Sanitation, dispensaries and jails vaccination Rajputana 1922-1927 - 1922-1927
Year: 1922
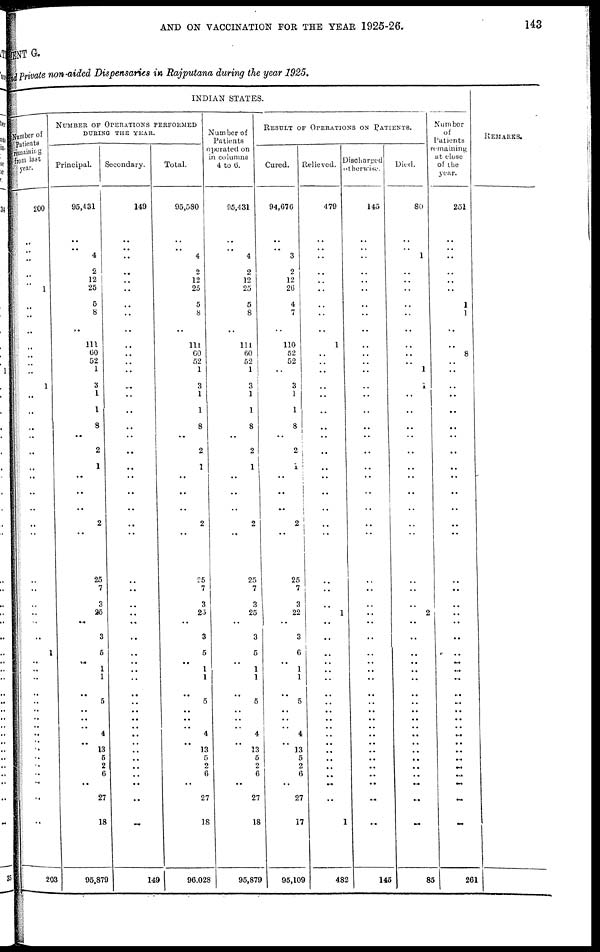
AND ON VACCINATION FOR THE YEAR 1925-26.
143
MENT G.
and Private non-aided Dispensaries in Rajputana during the year 1925.
INDIAN STATES.
Number of
Patients
remaining
from last
year.
200
..
..
..
..
..
1
..
..
..
..
..
..
..
1
..
..
..
..
..
..
..
..
..
..
..
..
..
..
..
..
..
1
..
..
..
..
..
..
..
..
..
..
..
..
..
..
..
..
..
203
NUMBER OF OPERATIONS PERFORMED
DURING THE YEAR.
Principal.
95,431
..
..
4
2
12
25
5
8
..
111
60
52
1
3
1
1
8
..
2
1
..
..
..
2
..
25
7
3
25
..
3
5
..
1
1
..
5
..
..
..
4
..
13
5
2
6
..
27
18
95,879
Secondary.
149
..
..
..
..
..
..
..
..
..
..
..
..
..
..
..
..
..
..
..
..
..
..
..
..
..
..
..
..
..
..
..
..
..
..
..
..
..
..
..
..
..
..
..
..
..
..
..
..
..
149
Total.
95,580
..
.. 4
2
12
25
5
8
..
111
60
52
1
3
1
1
8
..
2
1
..
..
..
2
..
25
7
3
25
..
3
5
..
1
1
..
5
..
..
.. 4
.. 13
5
2
6
..
27
18
96,028
Number of
Patients
operated on
in columns
4 to 6.
95,431
..
..
4
2
12
25
5
8
..
111
60
52
1
3
1
1
8
..
2
1
..
..
..
2
..
25
7
3
25
..
3
5
.. 1
1
..
5
..
..
.. 4
.. 13
5
2
6
..
27
18
95,879
RESULT OF OPERATIONS ON PATIENTS.
Cured.
94,676
..
..
3
2
12
26
4
7
..
110
52
52
..
3
1
1
8
..
2
1
..
..
..
2
..
25
7
3
22
..
3
6
.. 1
1
..
5
..
..
.. 4
.. 13
5
2
6
..
27
17
95,109
Relieved.
479
..
..
..
..
..
..
..
..
..
1
..
..
..
..
..
..
..
..
..
..
..
..
..
..
..
..
..
..
1
..
..
..
..
..
..
..
..
..
..
..
..
..
..
..
..
..
..
..
1
482
Discharged
otherwise.
145
..
..
..
..
..
..
..
..
..
..
..
..
..
..
..
..
..
..
..
..
..
..
..
..
..
..
..
..
..
..
..
..
..
..
..
..
..
..
..
..
..
..
..
..
..
..
..
..
..
145
Died.
80
..
..
1
..
..
..
..
..
..
..
..
..
1
1
..
..
..
..
..
..
..
..
..
..
..
..
..
..
2
..
..
..
..
..
..
..
..
..
..
..
..
..
..
..
..
..
..
..
..
85
Number
of
Patients
remaining
at close
of the
year.
251
..
..
..
..
..
..
1
1
..
..
8
..
..
..
..
..
..
..
..
..
..
..
..
..
..
..
..
..
..
..
..
..
..
..
..
..
..
..
..
..
..
..
..
..
..
..
..
..
..
261
REMARKS.